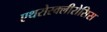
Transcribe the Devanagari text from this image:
एथरोस्क्लीरोसिस